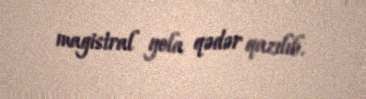
magistral yola qədər qazılıb.